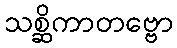
သစ္ဆိကာတဗ္ဗော